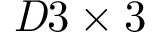
\mathit Ḋ 3 \times 3 Ḍ